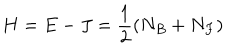
LaTeX: H = E - J = \frac { 1 } { 2 } \left( N _ { B } + N _ { F } \right)